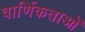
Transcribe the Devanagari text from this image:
वार्णिकताओं